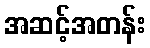
အဆင့်အတန်း